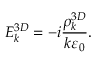
E _ { k } ^ { 3 D } = - i \frac { \rho _ { k } ^ { 3 D } } { k \varepsilon _ { 0 } } .